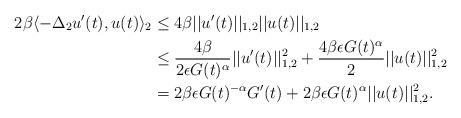
LaTeX: \begin{align*}2\beta \langle -\Delta_2 u'(t),u(t)\rangle_2 &\leq 4\beta ||u'(t)||_{1,2}||u(t)||_{1,2} \\&\leq \frac{4\beta}{2\epsilon G(t)^\alpha}||u'(t)||_{1,2}^2 + \frac{4\beta\epsilon G(t)^\alpha}{2}||u(t)||_{1,2}^2 \\&=2\beta\epsilon G(t)^{-\alpha}G'(t) + 2\beta\epsilon G(t)^\alpha||u(t)||_{1,2}^2. \end{align*}